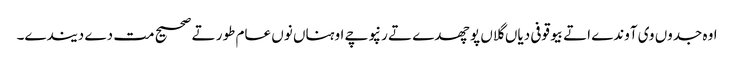
اوہ جدوں وی آوندے اتے بیوقوفی دیاں گلاں پوچھدے تے رنپوچے اوہناں نوں عام طور تے صحیح مت دے دیندے۔